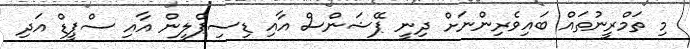
މި ތަމްރީނުތައް ބައިވެރިންނަށް ދިނީ ޕޭޝަންސް އާއި ޑިސިޕްލީން އާއި ސްޕީޑް އަދި